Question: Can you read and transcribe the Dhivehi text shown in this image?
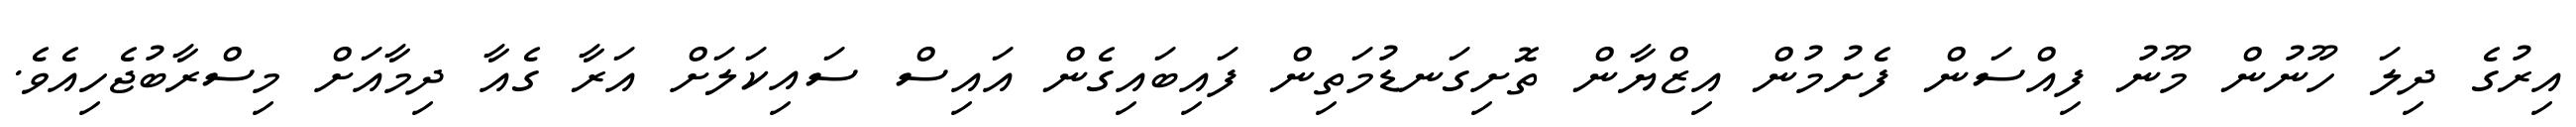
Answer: އިރުގެ ދިލަ ހޫނުން މޫނު ފިއްސަން ފެށުމުން އިޒްޔާން ތޮށިގަނޑުމަތިން ފައިބައިގެން އައިސް ސައިކަލަށް އަރާ ގެއާ ދިމާއަށް މިސްރާބުޖެހިއެވެ.